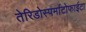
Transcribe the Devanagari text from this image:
तेरिडोस्पर्माटोफाईटा